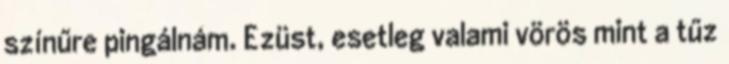
színűre pingálnám. Ezüst, esetleg valami vörös mint a tűz